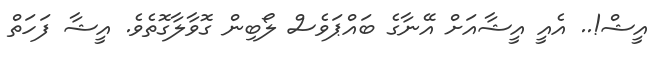
އީޝް!.. އެއީ އީޝާއަށް އޭނާގެ ބައްޕަވެސް ލޯބިން ގޮވާލާގޮތެވެ. އީޝާ ފަހަތް